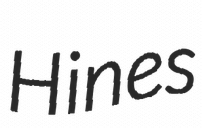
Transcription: Hines